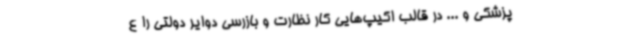
پزشکی و ... در قالب اکیپ‌هایی کار نظارت و بازرسی دوایر دولتی را ع